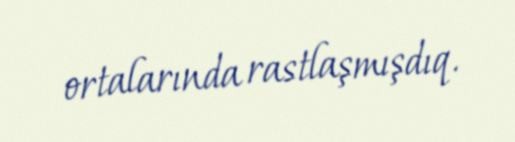
ortalarında rastlaşmışdıq.